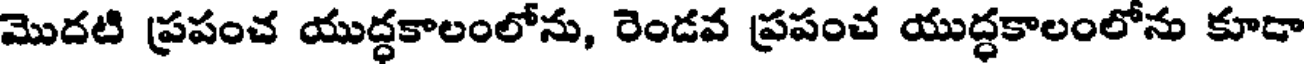
మొదటి ప్రపంచ యుద్ధకాలంలోను, రెండవ ప్రపంచ యుద్ధకాలంలోను కూడా